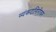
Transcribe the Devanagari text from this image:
व्यंकटगिरीवर